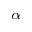
_ \alpha